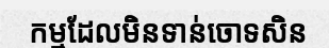
កម្មដែលមិនទាន់ចោទសិន